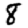
Digit: 8